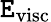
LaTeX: {\cal\mathtt{E}}_{\mathrm{{visc}}}